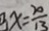
3 x = \frac { 2 0 } { 1 3 }